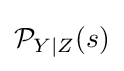
{\mathcal {P}}_{Y\mid Z}(s)